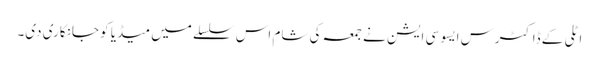
اٹلی کے ڈاکٹرس ایسو سی ایشن نے جمعہ کی شام اس سلسلے میں میڈیا کو جانکاری دی۔